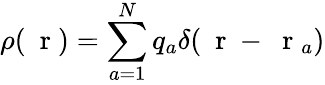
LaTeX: \rho(\mathrm{~\mathbf~r~})=\sum_{a=1}^{N}q_{a}\delta(\mathrm{~\mathbf~r~}-\mathrm{~\mathbf~r~}_{a})